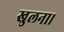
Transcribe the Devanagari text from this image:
खुलना।